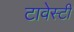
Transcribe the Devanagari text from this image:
टावेस्टी